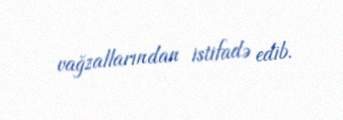
vağzallarından istifadə edib.